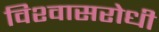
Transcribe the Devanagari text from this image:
विश्‍वासरोधी